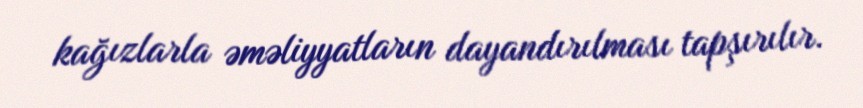
kağızlarla əməliyyatların dayandırılması tapşırılır.